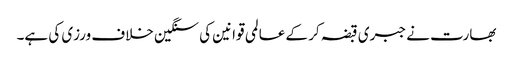
بھارت نے جبری قبضہ کر کے عالمی قوانین کی سنگین خلاف ورزی کی ہے۔